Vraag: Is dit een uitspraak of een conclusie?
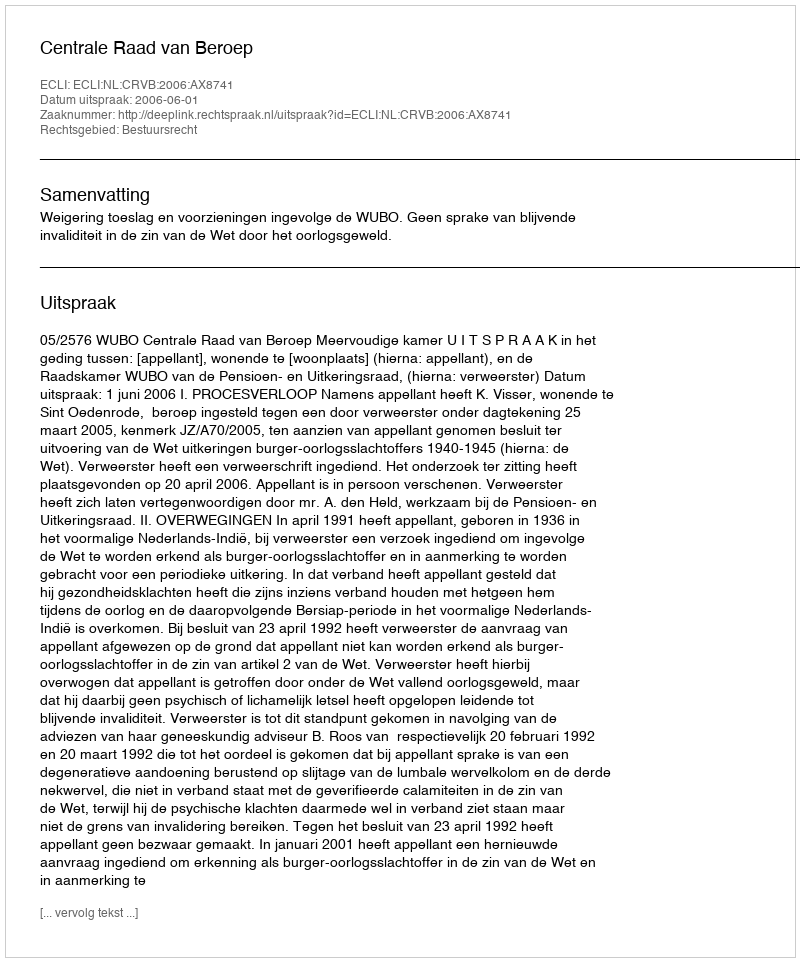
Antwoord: Uitspraak